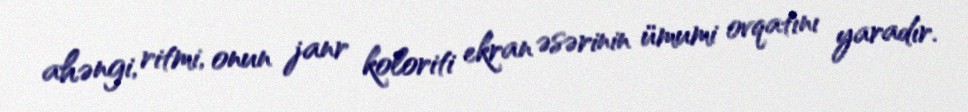
ahəngi, ritmi, onun janr koloriti ekran əsərinin ümumi ovqatını yaradır.